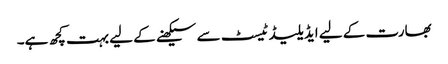
بھارت کے لیے ایڈیلیڈ ٹیسٹ سے سیکھنے کے لیے بہت کچھ ہے۔